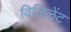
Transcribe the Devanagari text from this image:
विजिलेंट